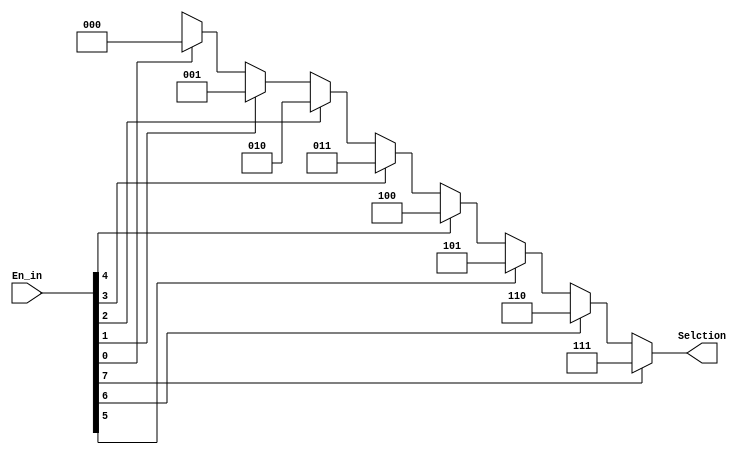
module Encoder8_3(Selction, En_in);

   input [7:0] En_in;
   output [2:0] Selction;

   assign Selction =
      (En_in[7] == 1'b1) ? 3'b111:      
      (En_in[6] == 1'b1) ? 3'b110:
      (En_in[5] == 1'b1) ? 3'b101:
      (En_in[4] == 1'b1) ? 3'b100:
      (En_in[3] == 1'b1) ? 3'b011:
      (En_in[2] == 1'b1) ? 3'b010:
      (En_in[1] == 1'b1) ? 3'b001:
      (En_in[0] == 1'b1) ? 3'b000: 3'bxxx;

endmodule

/*                                                                              
                 //     Encoder8_3                                                            
                                                                                              
                                                                                              
      // Encoder8_3(Selction,        En_in);        // ???? x                                   
      // x is one bit of 1                                                                    
                                                                                              
      Encoder8_3 enc(in_mux,         X);     //   SELECTION mux??? ?????????? ??? ??          
                                                                                              
                                                                                              
// d0,d1,d2,d3,d4,d5,d6,d7,sel,out                                                         
// d = O             USED ABOVE                                                               
                                                                                              
                                                                                              

*/